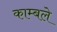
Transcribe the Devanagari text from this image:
काम्बले